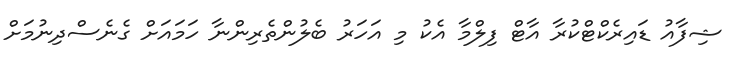
ޝިފާއު ޑައިރެކްޓްކުރާ އާޓް ފިލްމާ އެކު މި އަހަރު ބެލުންތެރިންނާ ހަމައަށް ގެނެސްދިނުމަށް